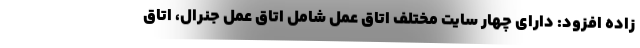
زاده افزود: دارای چهار سايت مختلف اتاق عمل شامل اتاق عمل جنرال، اتاق